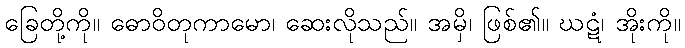
ခြေတို့ကို။ ဓောဝိတုကာမော၊ ဆေးလိုသည်။ အမှိ၊ ဖြစ်၏။ ဃဋံ၊ အိုးကို။